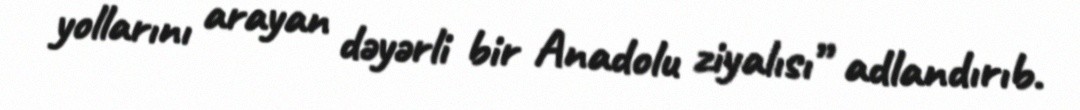
yollarını arayan dəyərli bir Anadolu ziyalısı” adlandırıb.